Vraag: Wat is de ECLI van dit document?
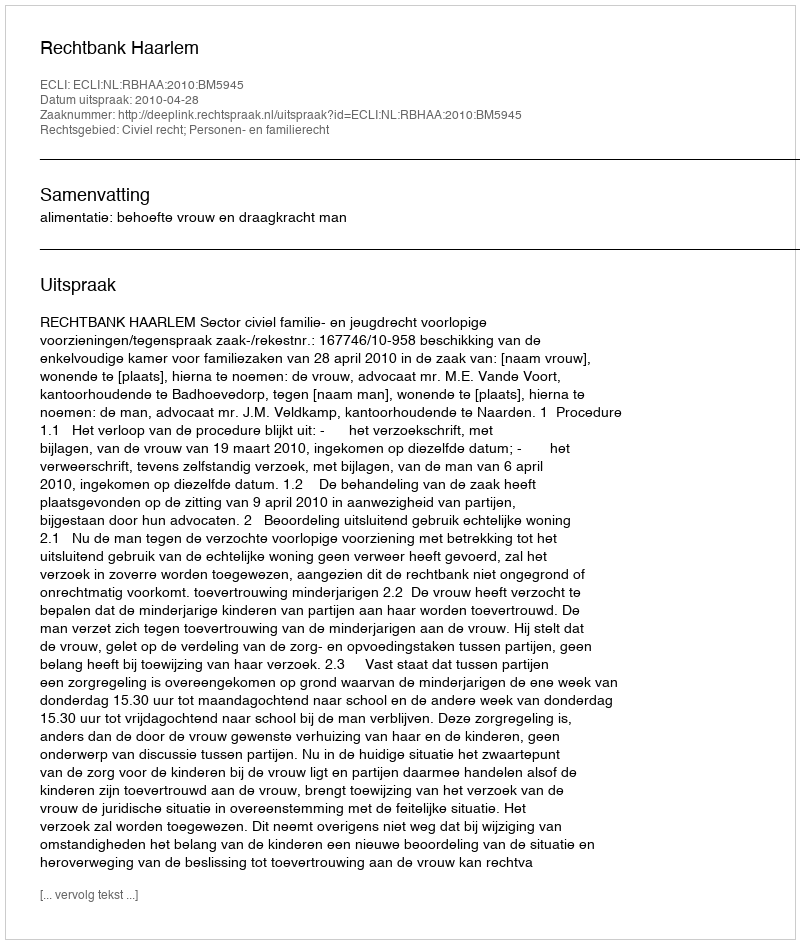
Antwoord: ECLI:NL:RBHAA:2010:BM5945